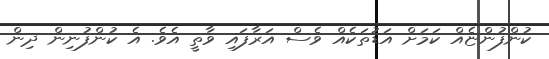
ކުންފުންޏެއް ކަމަށް އަޑުތަކެއް ވެސް އަރާފައި ވާތީ އެވެ. އެ ކުންފުނިން ދިން